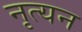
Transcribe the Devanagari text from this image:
नृत्यन